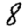
Digit: 8